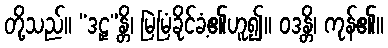
တို့သည်။ “ဒဠှ”န္တိ၊ မြဲမြံခိုင်ခံ့၏ဟူ၍။ ဝဒန္တိ၊ ကုန်၏။